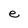
Character: e